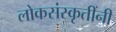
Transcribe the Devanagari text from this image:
लोकसंस्कृतींनी